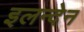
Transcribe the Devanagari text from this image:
इलन्देन